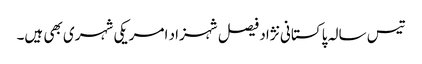
تیس سالہ پاکستانی نژاد فیصل شہزاد امریکی شہری بھی ہیں۔